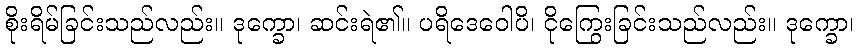
စိုးရိမ်ခြင်းသည်လည်း။ ဒုက္ခော၊ ဆင်းရဲ၏။ ပရိဒေဝေါပိ၊ ငိုကြွေးခြင်းသည်လည်း။ ဒုက္ခော၊